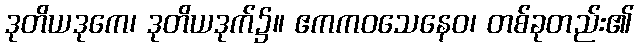
ဒုတိယဒုကေ၊ ဒုတိယဒုက်၌။ ဧကကဝသေနေဝ၊ တစ်ခုတည်း၏